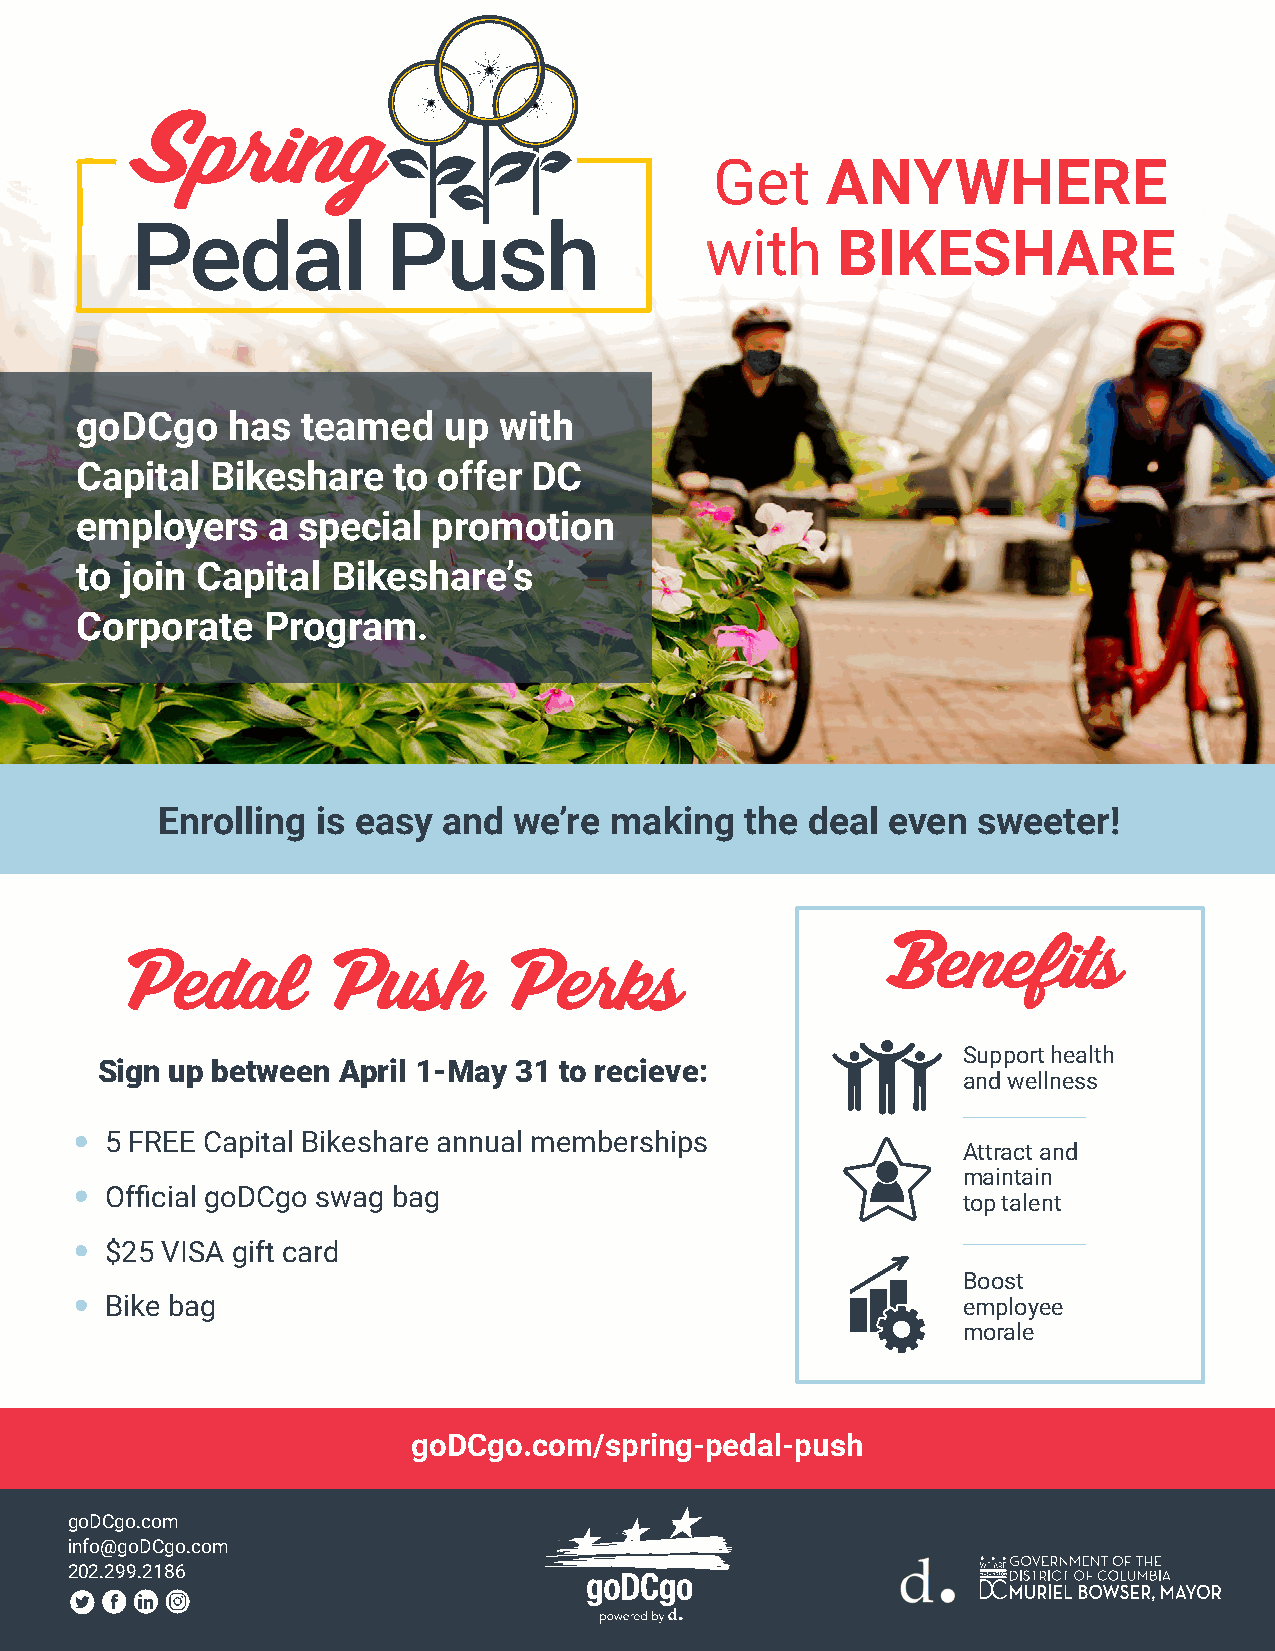
Get     ANYWHERE
 with    BIKESHARE
 goDCgo    has  teamed   up  with
 Capital  Bikeshare   to offer DC
 employers    a special  promotion
 to join Capital  Bikeshare’s
 Corporate   Program.
 Enrolling  is easy and  we’re making   the deal  even  sweeter!
 •• Benefits
 Pedal         Push       Perks
 Support health
 Sign up between April 1-May 31 to recieve:
 and wellness
 •• 5 FREE Capital Bikeshare annual memberships
 Attract and
 maintain
 •• Official goDCgo swag bag
 top talent
 •• $25 VISA gift card
 Boost
 •• Bike bag                                                employee
 morale
 goDCgo.com/spring-pedal-push
 goDCgo.com
 info@goDCgo.com
 202.299.2186